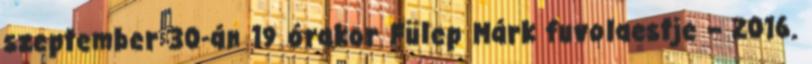
szeptember 30-án 19 órakor Fülep Márk fuvolaestje – 2016.